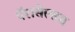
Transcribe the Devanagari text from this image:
पॅरासेल्सस